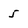
Character: 5